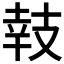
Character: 𢻏